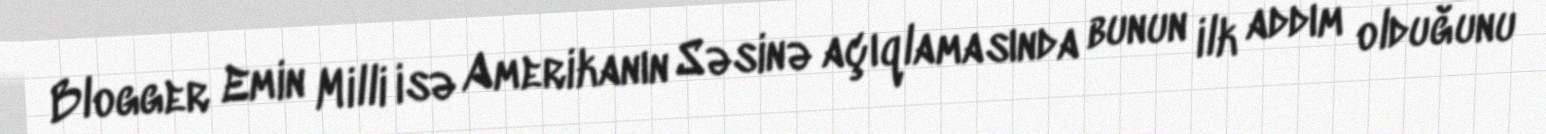
Blogger Emin Milli isə Amerikanın Səsinə açıqlamasında bunun ilk addım olduğunu